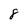
Character: 8